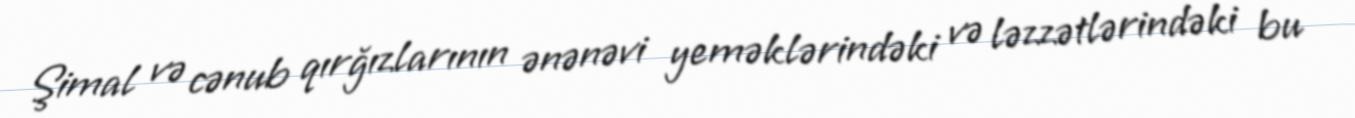
Şimal və cənub qırğızlarının ənənəvi yeməklərindəki və ləzzətlərindəki bu